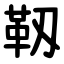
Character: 靱